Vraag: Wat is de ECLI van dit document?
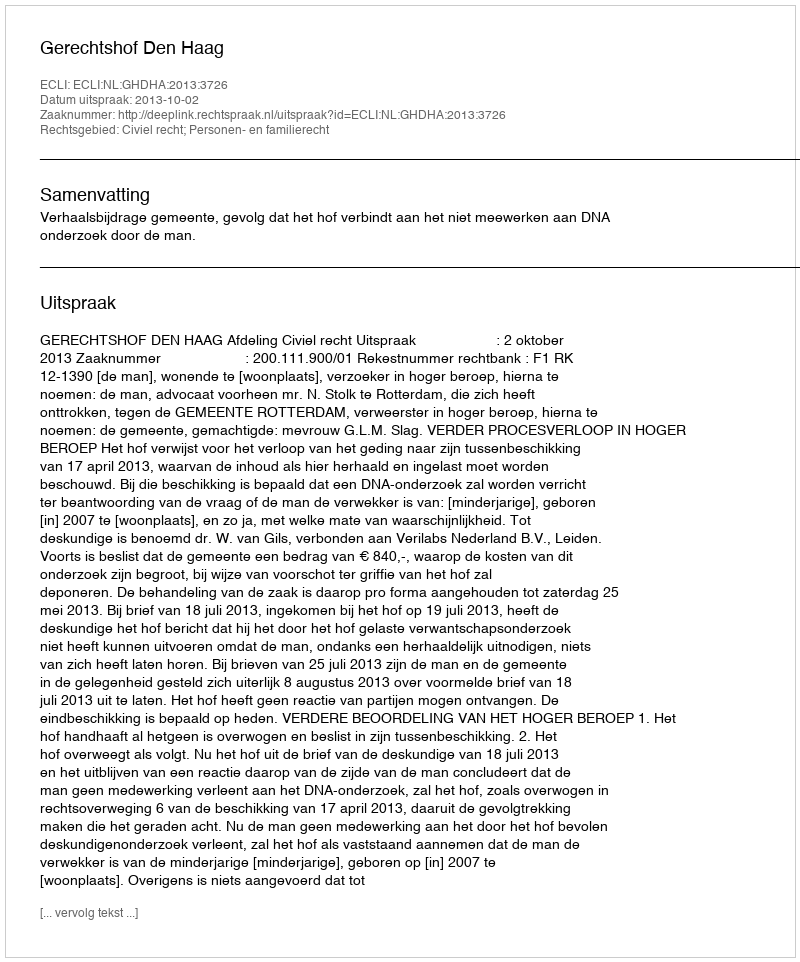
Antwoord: ECLI:NL:GHDHA:2013:3726